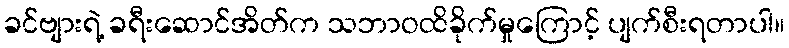
ခင်ဗျားရဲ့ ခရီးဆောင်အိတ်က သဘာဝထိခိုက်မှုကြောင့် ပျက်စီးရတာပါ။